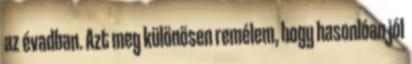
az évadban. Azt meg különösen remélem, hogy hasonlóan jól